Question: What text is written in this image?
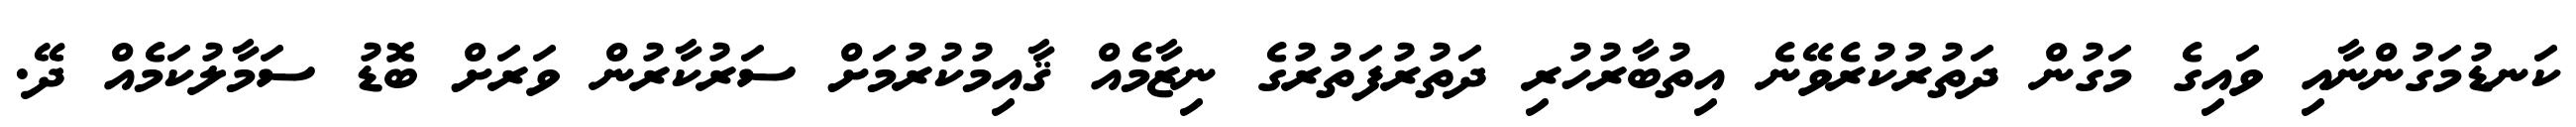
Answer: ކަނޑުމަގުންނާއި ވައިގެ މަގުން ދަތުރުކުރެވޭނެ އިތުބާރުހުރި ދަތުރުފަތުރުގެ ނިޒާމެއް ޤާއިމުކުރުމަށް ސަރުކާރުން ވަރަށް ބޮޑު ސަމާލުކަމެއް ދޭ.